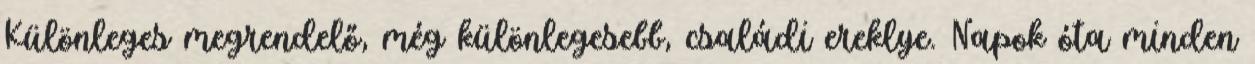
Különleges megrendelő, még különlegesebb, családi ereklye. Napok óta minden